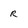
Character: r